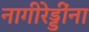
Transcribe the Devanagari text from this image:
नागीरेड्डींना